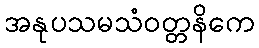
အနုပသမသံဝတ္တနိကေ